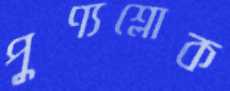
পুণ্যশ্লোক